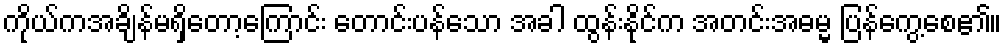
ကိုယ်ကအချိန်မရှိတော့ကြောင်း တောင်းပန်သော အခါ ထွန်းနိုင်က အတင်းအဓမ္မ ပြန်ကွေ့စေ၏။